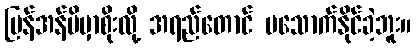
ပြန်အန်မိမှာစိုးလို့ အရည်တောင် မသောက်နိုင်ခဲ့ဘူး။